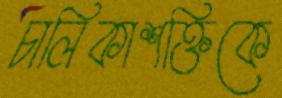
চালিকাশক্তিকে